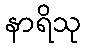
နာရိသု